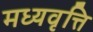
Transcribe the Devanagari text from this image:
मध्यवृत्ति